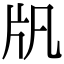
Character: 𤖫